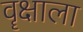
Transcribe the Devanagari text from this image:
वॄक्षाला